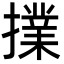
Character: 擈